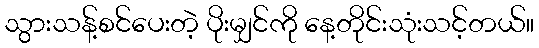
သွားသန့်စင်ပေးတဲ့ ပိုးမျှင်ကို နေ့တိုင်းသုံးသင့်တယ်။